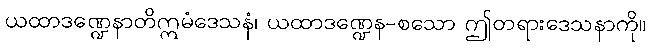
ယထာဒဏ္ဍေနာတိဣမံဒေသနံ၊ ယထာဒဏ္ဍေန-စသော ဤတရားဒေသနာကို။